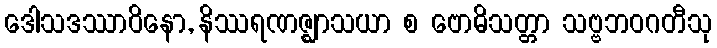
ဒေါသဒဿာဝိနော, နိဿရဏဇ္ဈာသယာ စ ဗောဓိသတ္တာ သဗ္ဗဘဝဂတီသု